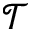
\mathcal { T }